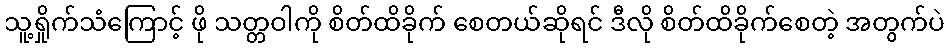
သူ့ရှိုက်သံကြောင့် ဖို သတ္တဝါကို စိတ်ထိခိုက် စေတယ်ဆိုရင် ဒီလို စိတ်ထိခိုက်စေတဲ့ အတွက်ပဲ